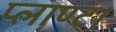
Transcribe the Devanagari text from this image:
प्लाण्ट।